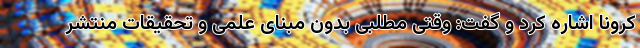
کرونا اشاره کرد و گفت: وقتی مطلبی بدون مبنای علمی و تحقیقات منتشر